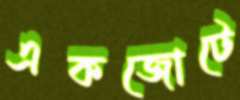
একজোটে